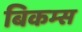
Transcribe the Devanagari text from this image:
बिकम्स